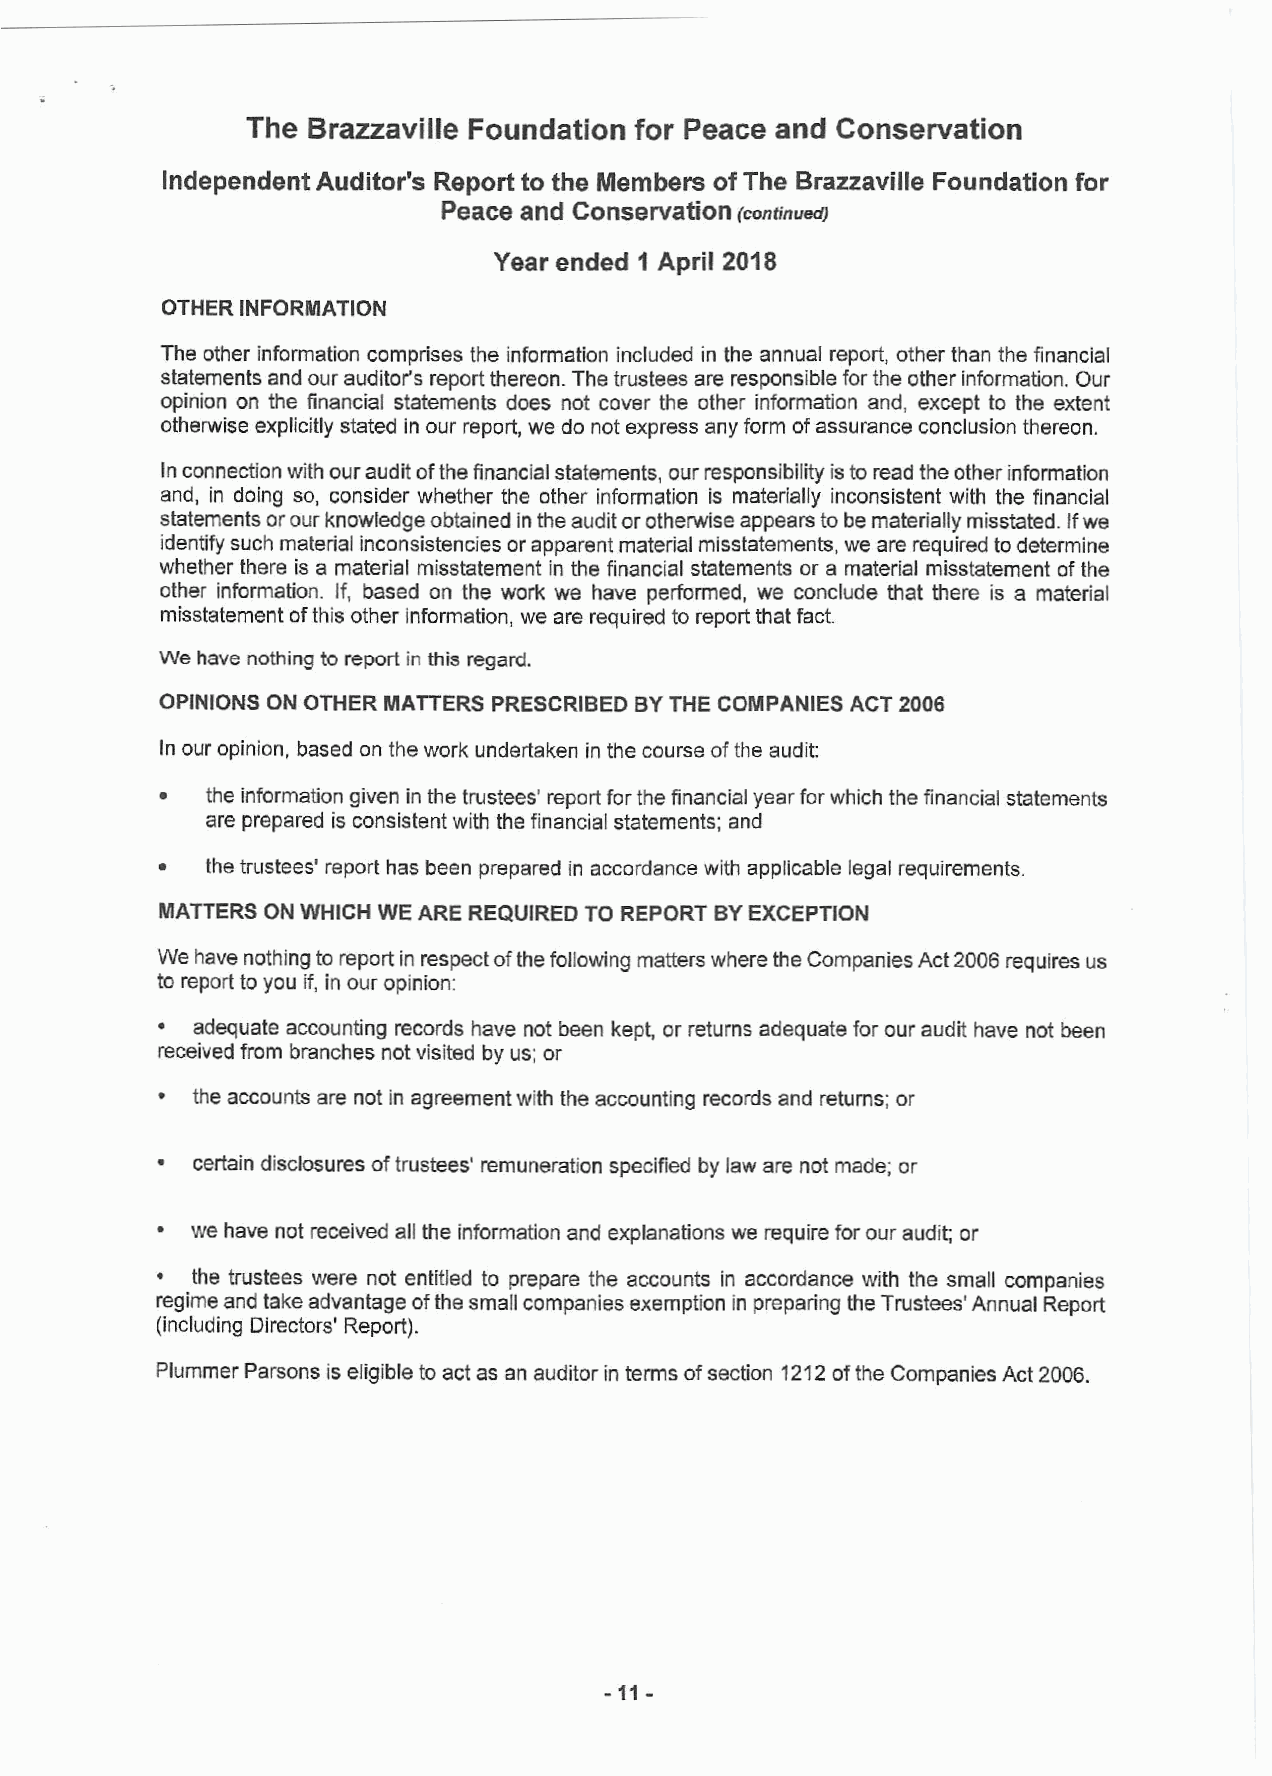
The Brazzaville Foundation for Peace and Conservation
 IndependentAuditor's Reportto the Members of The Brazzaville Foundation for
 Peace and Conservation(continued)
 Year ended 1 April 2018
 OTHERINFORMATION
 Theother informationcomprises theinformation included in the annualreport,other thanthe financial
 statementsandourauditor’s reportthereon.Thetrusteesareresponsiblefortheotherinformation.Our
 opinion on the financial statements does not cover the other information and, except to the extent
 otherwiseexplicitlystatedinour report,wedonotexpressanyformofassuranceconclusionthereon.
 Inconnectionwithourauditofthefinancialstatements,ourresponsibilityistoreadtheotherinformation
 and, in doing so, consider whether the other information is materially inconsistent with the financial
 statementsorourknowledgeobtainedintheauditorotherwiseappearstobemateriallymisstated.Ifwe
 identifysuchmaterialinconsistenciesorapparentmaterialmisstatements,wearerequiredtodetermine
 whether there is a material misstatement in the financial statements or amaterial misstatement of the
 other information. If, based on the work we have performed, we conclude that there is a material
 misstatementofthisother information, wearerequiredtoreportthatfact.
 Wehavenothing toreportinthisregard.
 OPINIONSONOTHERMATTERSPRESCRIBEDBYTHECOMPANIES ACT2006
 Inouropinion,based ontheworkundertakeninthecourseoftheaudit:
 (cid:127) theinformationgiveninthetrustees’reportforthefinancialyearforwhichthefinancialstatements
 arepreparedisconsistentwiththefinancialstatements;and
 thetrustees'reporthasbeenpreparedinaccordancewithapplicablelegalrequirements.
 MATTERSONWHICHWE  AREREQUIREDTOREPORTBYEXCEPTION
 WehavenothingtoreportinrespectofthefollowingmatterswheretheCompaniesAct2006requiresus
 toreportto youif,inouropinion:
 (cid:127) adequate accountingrecords have not beenkept, or returns adequatefor our audit have not been
 receivedfrombranchesnotvisitedbyus; or
 (cid:127) theaccountsarenotinagreementwiththeaccountingrecordsandreturns;or
 (cid:127) certaindisclosures oftrustees'remunerationspecifiedbylawarenotmade; or
 (cid:127) wehavenotreceivedalltheinformationandexplanationswerequireforouraudit;or
 (cid:127) the trustees were not entitled to prepare the accounts in accordance with the small companies
 regimeandtakeadvantageofthesmallcompaniesexemptioninpreparingtheTrustees'AnnualReport
 (includingDirectors'Report).
 PlummerParsonsiseligibleto actas anauditorintermsofsection1212oftheCompaniesAct2006.
 -
 -11